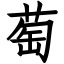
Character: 萄